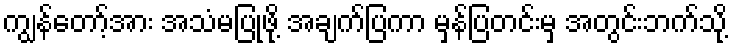
ကျွန်တော့်အား အသံမပြုဖို့ အချက်ပြကာ မှန်ပြတင်းမှ အတွင်းဘက်သို့